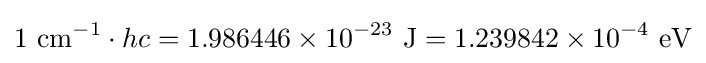
1~\mathrm {cm} ^{-1}\cdot hc=1.986446\times 10^{-23}~\mathrm {J} =1.239842\times 10^{-4}~\mathrm {eV}